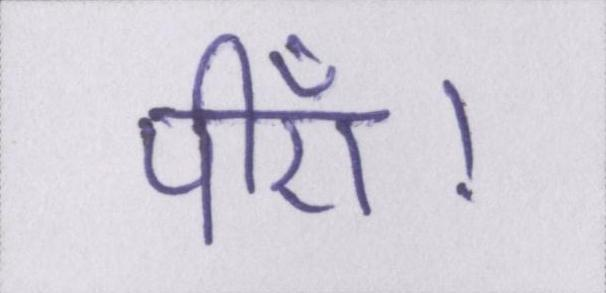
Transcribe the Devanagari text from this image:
पीएँ।